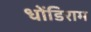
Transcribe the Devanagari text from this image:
धोंडिराम